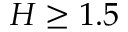
H \ge 1 . 5